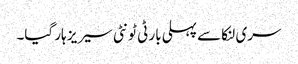
سری لنکا سے پہلی بار ٹی ٹونٹی سیریز ہار گیا۔